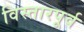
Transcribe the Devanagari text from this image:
विस्तारपूर्व